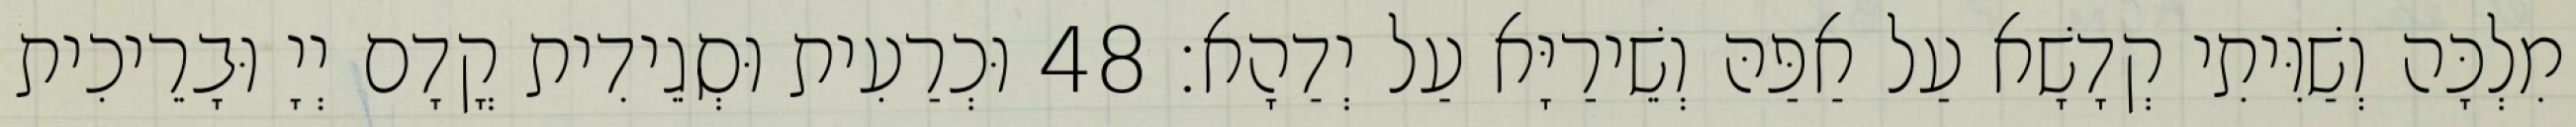
מִלְכָּה וְשַׁוִּיתִי קְדָשָׁא עַל אַפַּהּ וְשֵׁירַיָּא עַל יְדַהָא׃ 48 וּכְרַעִית וּסְגֵידִית קֳדָם יְיָ וּבָרֵיכִית